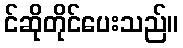
င်ဆိုတိုင်ပေးသည်။